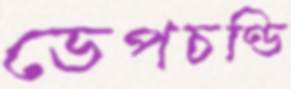
ডেপচণ্ডি